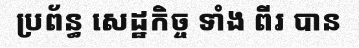
ប្រព័ន្ធ សេដ្ឋកិច្ច ទាំង ពីរ បាន